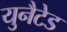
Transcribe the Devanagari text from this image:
युनैटेड